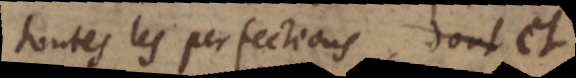
toutes les perfections, et